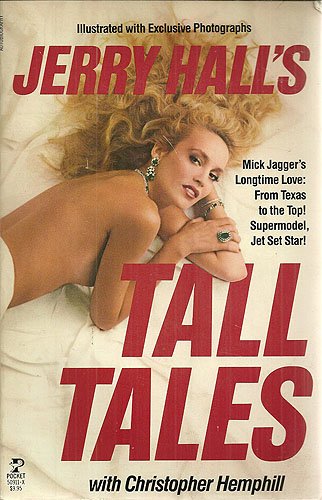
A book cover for Jerry Hall's Tall Tales; Hall; Arts & Photography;